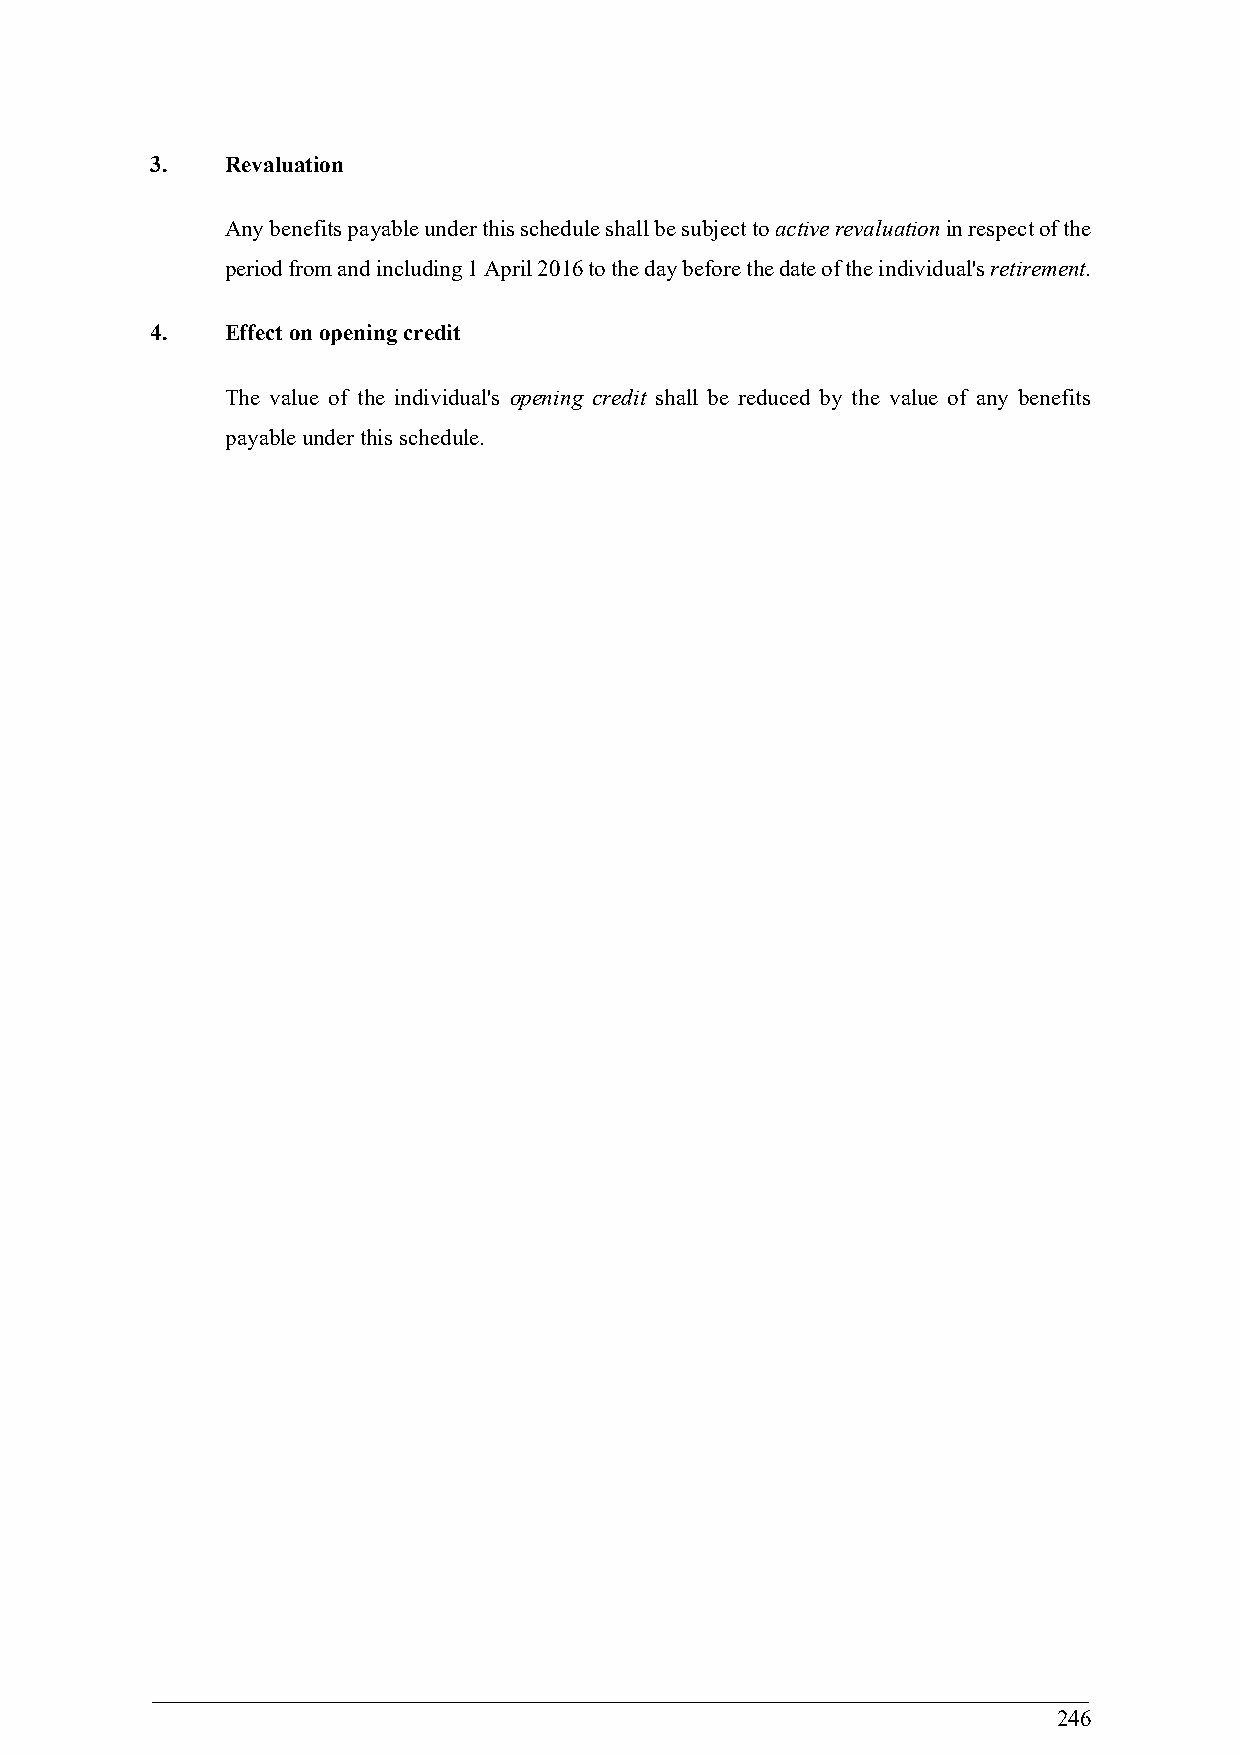
3.   Revaluation
 Any benefits payable under this schedule shall be subject to active revaluation in respect of the
 period from and including 1 April 2016 to the day before the date of the individual's retirement.
 4.   Effect on opening credit
 The value of the individual's opening credit shall be reduced by the value of any benefits
 payable under this schedule.
 246